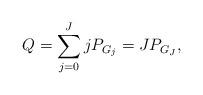
LaTeX: \begin{align*}Q=\sum_{j=0}^J jP_{G_j}=JP_{G_J},\end{align*}